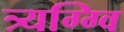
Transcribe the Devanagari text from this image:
त्र्यग्ग्वि